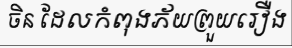
ចិន ដែលកំពុងភ័យព្រួយរឿង